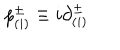
p _ { ( i ) } ^ { \pm } \equiv i { \partial } _ { ( i ) } ^ { \pm }